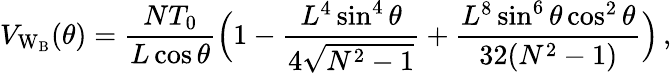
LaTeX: V_{\mathrm{W_{B}}}(\theta)=\frac{NT_{0}}{L\cos{\theta}}\Bigl(1-\frac{L^{4}\sin^{4}{\theta}}{4\sqrt{N^{2}-1}}+\frac{L^{8}\sin^{6}{\theta}\cos^{2}{\theta}}{32(N^{2}-1)}\Bigr)\, ,